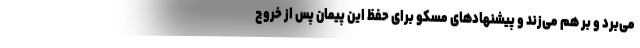
می‌برد و بر هم می‌زند و پیشنهادهای مسکو برای حفظ این پیمان پس از خروج